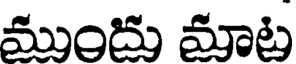
ముందు మాట